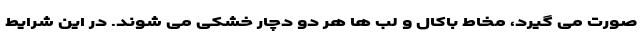
صورت می گیرد، مخاط باکال و لب ها هر دو دچار خشکی می شوند. در این شرایط